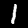
Label: 1